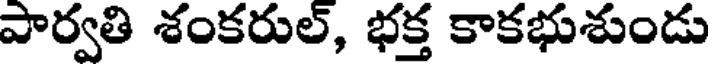
పార్వతి శంకరుల్, భక్త కాకభుశుండు